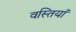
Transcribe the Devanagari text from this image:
वस्तियाँ